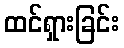
ထင်ရှားခြင်း